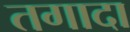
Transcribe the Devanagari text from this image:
तगादा